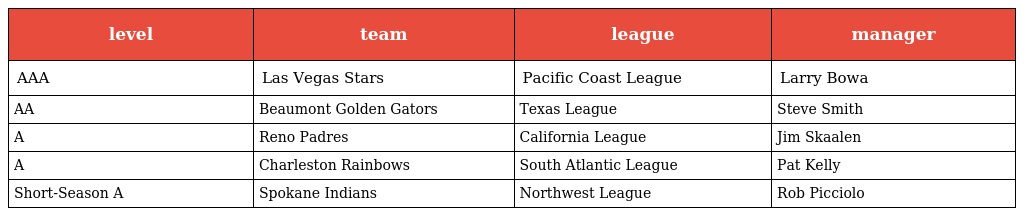
| level | team | league | manager |
 | --- | --- | --- | --- |
 | AAA | Las Vegas Stars | Pacific Coast League | Larry Bowa |
 | AA | Beaumont Golden Gators | Texas League | Steve Smith |
 | A | Reno Padres | California League | Jim Skaalen |
 | A | Charleston Rainbows | South Atlantic League | Pat Kelly |
 | Short-Season A | Spokane Indians | Northwest League | Rob Picciolo |